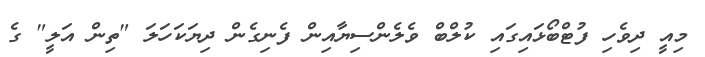
މިއީ ދިވެހި ފުޓްބޯޅައިގައި ކުލްބް ވެލެންސިޔާއިން ފެނިގެން ދިޔަކަހަލަ "ތިން އަލީ" ގެ